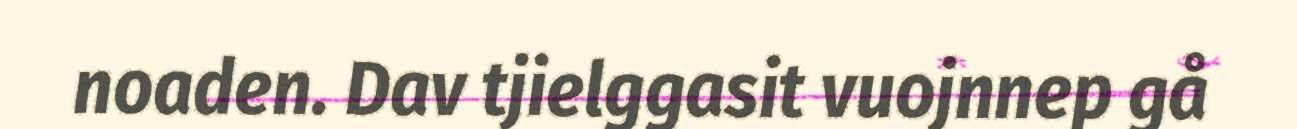
noaden. Dav tjielggasit vuojnnep gå